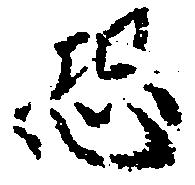
恐